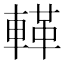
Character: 𨍝